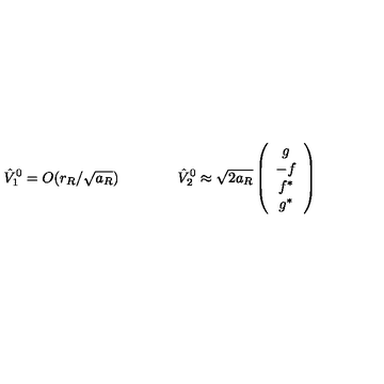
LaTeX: \hat { V } _ { 1 } ^ { 0 } = O ( r _ { R } / \sqrt { a _ { R } } ) \qquad \qquad \hat { V } _ { 2 } ^ { 0 } \approx \sqrt { 2 a _ { R } } \left( \begin{array} { c } { g } \\ { - f } \\ { f ^ { * } } \\ { g ^ { * } } \\ \end{array} \right)